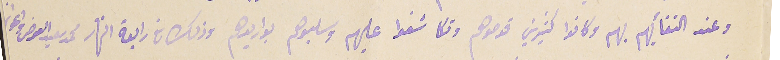
وعند التقأيهم بهم  وكانوا كثيرين قوصوهم وتكاشفوا عليهم وسلبوهم بواريدهم وذلك فى رابعة النهار محمد سعيد العوض واعوانه